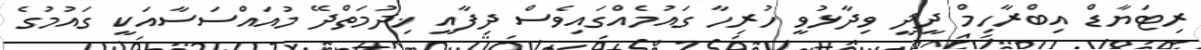
ރިޓަޔާޑް އިބްރާހިމް ދީދީ ވިދާޅުވީ ހުރިހާ ގައުމެއްގައިވެސް ދިފާއީ ޚިދުމަތްދޭ މުއައްސަސާއަކީ ގައުމުގެ